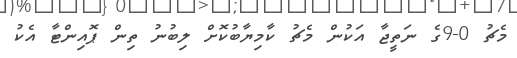
މެޗު 0-9ގެ ނަތީޖާ އަކުން މެޗު ކާމިޔާބުކޮށް ލިބުނު ތިން ޕޮއިންޓާ އެކު